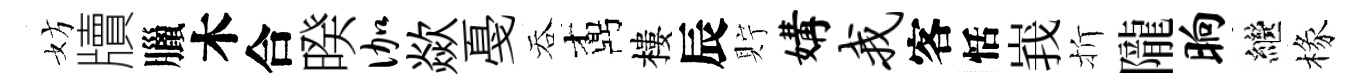
妨牘臘木合暌伽歘戞吞鼒樓辰貯媾我客恬峩折隴晌繼椽